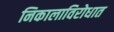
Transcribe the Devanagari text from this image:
निकालाविरोधात